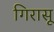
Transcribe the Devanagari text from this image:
गिरासू